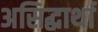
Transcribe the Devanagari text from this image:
असिद्धार्था